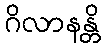
ဂိလာနန္တိ